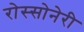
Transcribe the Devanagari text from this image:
रोस्सोनेरी